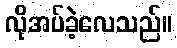
လိုအပ်ခဲ့လေသည်။